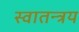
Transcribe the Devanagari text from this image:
स्वातन्त्रय